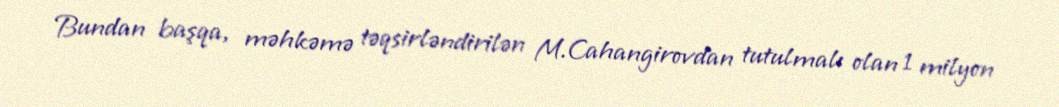
Bundan başqa, məhkəmə təqsirləndirilən M.Cahangirovdan tutulmalı olan 1 milyon